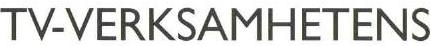
TV-VERKSAMHETENS